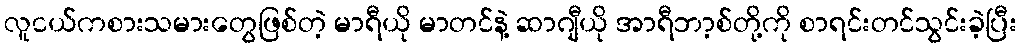
လူငယ်ကစားသမားတွေဖြစ်တဲ့ မာရီယို မာတင်နဲ့ ဆာဂျီယို အာရီဘာ့စ်တို့ကို စာရင်းတင်သွင်းခဲ့ပြီး